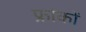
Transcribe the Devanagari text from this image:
फ्रांकों